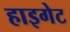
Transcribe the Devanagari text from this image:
हाइगेट